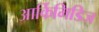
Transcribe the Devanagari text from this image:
आर्किमिडिज